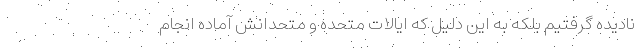
نادیده گرفتیم بلکه به این دلیل که ایالات متحده و متحدانش آماده انجام